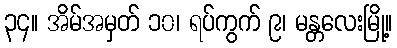
၃၄။ အိမ်အမှတ် ၁၀၊ ရပ်ကွက် ၉၊ မန္တလေးမြို့။